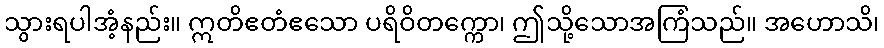
သွားရပါအံ့နည်း။ ဣတိဧတံဧသော ပရိဝိတက္ကော၊ ဤသို့သောအကြံသည်။ အဟောသိ၊